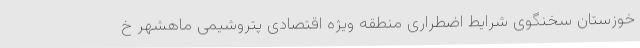
خوزستان سخنگوی شرایط اضطراری منطقه ویژه اقتصادی پتروشیمی ماهشهر خ